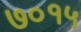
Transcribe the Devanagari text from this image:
७०१५